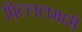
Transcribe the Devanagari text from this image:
पिल्‍ललमार्री